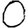
Digit: 0